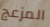
المزعج